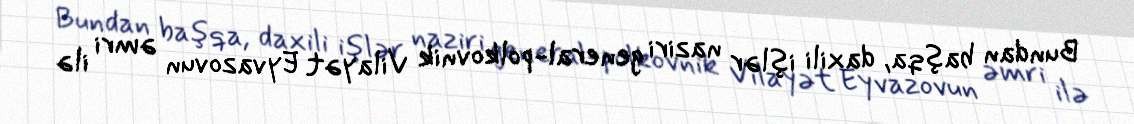
Bundan başqa, daxili işlər naziri general-polkovnik Vilayət Eyvazovun əmri ilə